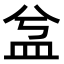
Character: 㿽